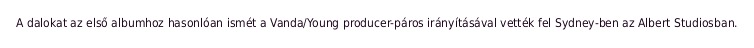
A dalokat az első albumhoz hasonlóan ismét a Vanda/Young producer-páros irányításával vették fel Sydney-ben az Albert Studiosban.